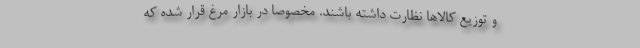
و توزیع کالاها نظارت داشته باشند. مخصوصاً در بازار مرغ قرار شده که